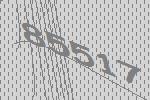
85517